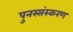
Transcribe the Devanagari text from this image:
पुनस्संस्करण